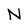
Character: N